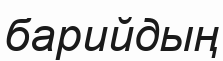
барийдың